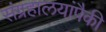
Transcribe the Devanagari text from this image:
संग्रहालयांपैकी